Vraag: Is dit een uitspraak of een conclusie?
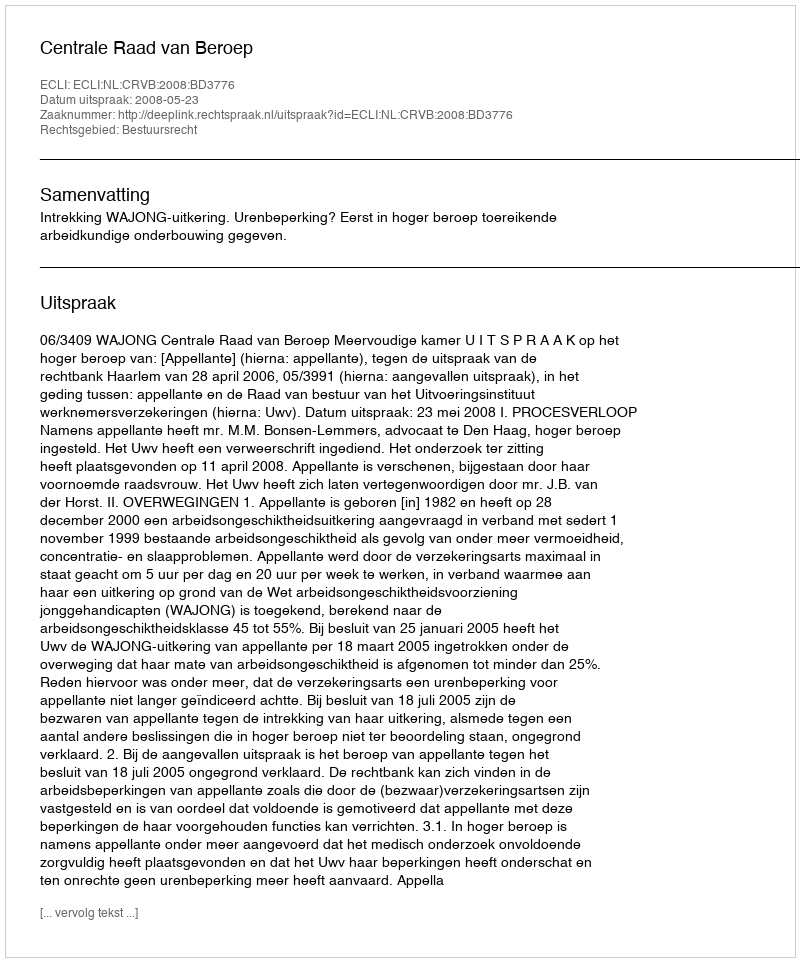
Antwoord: Uitspraak